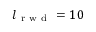
l _ { \mathrm { ~ r ~ w ~ d ~ } } = 1 0